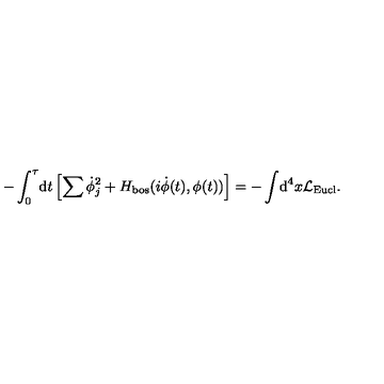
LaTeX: - \int _ { 0 } ^ { \tau } \! \mathrm { d } t \left[ \sum \dot { \phi } _ { j } ^ { 2 } + H _ { \mathrm { b o s } } ( i \dot { \phi } ( t ) , \phi ( t ) ) \right] = - \int \! \mathrm { d } ^ { 4 } x { \cal L } _ { \mathrm { E u c l } } .